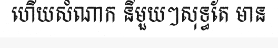
ហើយសំណាក នីមួយៗសុទ្ធតែ មាន